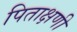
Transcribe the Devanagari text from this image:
पिताक्षणी